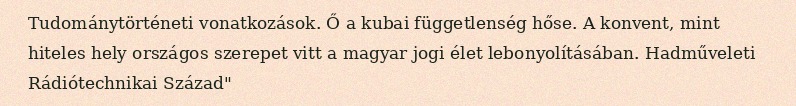
Tudománytörténeti vonatkozások. Ő a kubai függetlenség hőse. A konvent, mint hiteles hely országos szerepet vitt a magyar jogi élet lebonyolításában. Hadműveleti Rádiótechnikai Század"